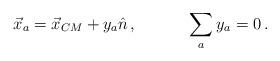
LaTeX: \begin{align*}\begin{array}{cc}\vec{x}_{a}=\vec{x}_{CM}+y_{a}\hat{n}\,,~~~~&~~~\displaystyle{\sum_{a}}\,y_{a}=0\,.\end{array}\end{align*}